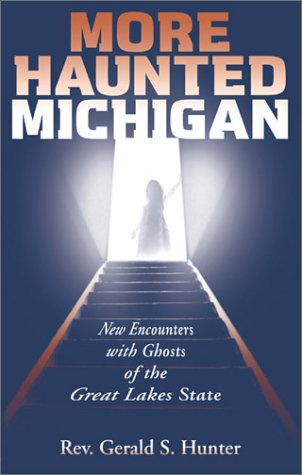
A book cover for More Haunted Michigan: New Encounters with Ghosts of the Great Lakes State (Ohio); Rev. Gerald S. Hunter; Travel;